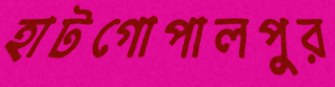
হাটগোপালপুর